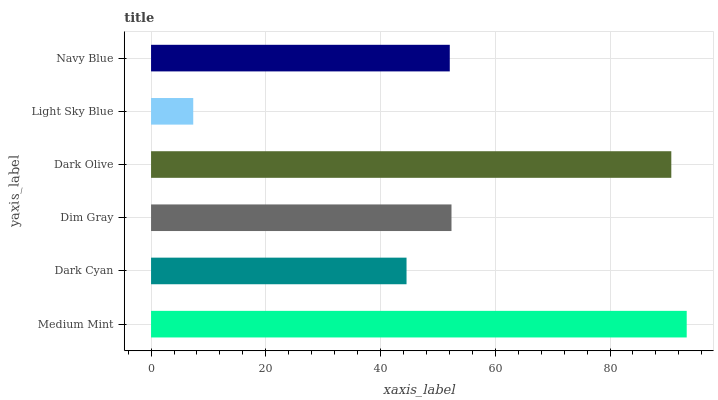
| yaxis_label | bars |
 | --- | --- |
 | Medium Mint | 93.4 |
 | Dark Cyan | 44.5 |
 | Dim Gray | 52.4 |
 | Dark Olive | 90.7 |
 | Light Sky Blue | 7.35 |
 | Navy Blue | 52.1 |